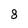
Character: 8